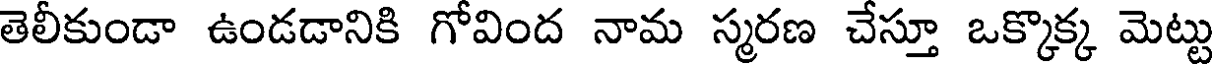
తెలీకుండా ఉండడానికి గోవింద నామ స్మరణ చేస్తూ ఒక్కొక్క మెట్టు